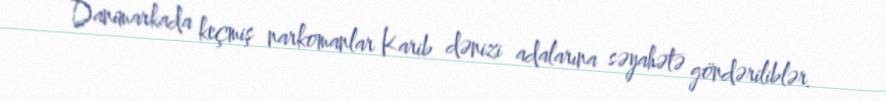
Danimarkada keçmiş narkomanlar Karib dənizi adalarına səyahətə göndəriliblər.